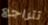
تتراجع